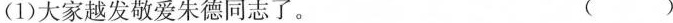
(1)大家\underset{·}{越}\underset{·}{发}敬爱朱德同志了。( )